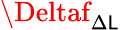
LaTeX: \Deltaf_{\Delta\mathsf{L}}